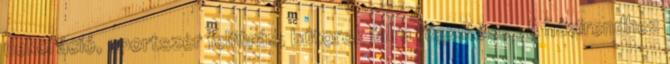
dekoráció, sportszer felfúrás, bútorok falra rögzítése . A házirendhez